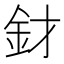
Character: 釮